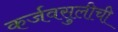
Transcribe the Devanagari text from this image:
कर्जवसुलीची